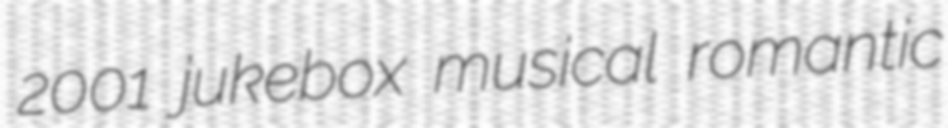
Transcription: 2001 jukebox musical romantic